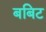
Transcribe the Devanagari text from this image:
बबिट